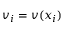
v _ { i } = v ( x _ { i } )